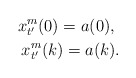
\begin{align*}x_{t'}^m(0)=a(0), \ \\x_{t'}^m(k)=a(k).\end{align*}